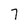
Character: 7